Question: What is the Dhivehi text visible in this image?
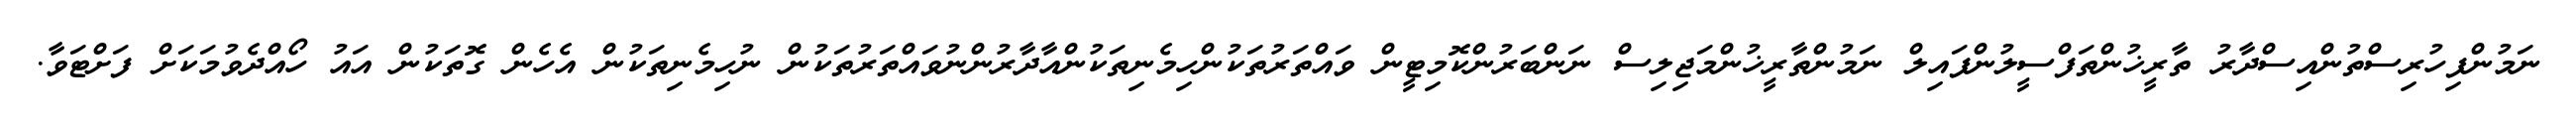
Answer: ނަމުންފިހުރިސްތުންއިސްދާރު ތާރީޚުންތަފްސީލުންފައިލް ނަމުންތާރީޚުންމަޖިލިސް ނަންބަރުންކޮމިޓީން ވައްތަރުތަކުންހިމެނިތަކުންއާދާރުންނުވައްތަރުތަކުން ނުހިމެނިތަކުން އެހެން ގޮތަކުން އައު ހޯއްދެވުމަކަށް ފަށްޓަވާ.